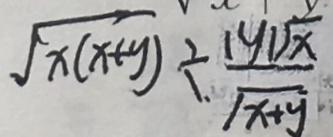
\sqrt { x ( x + y ) } \div \frac { \vert y \vert \sqrt { x } } { \sqrt { x + y } }